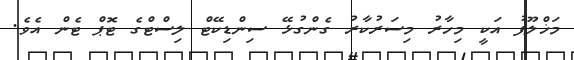
މަޚްލޫފު އަކީ މިހާރު މިސަރުކާރު ގެންގުޅޭ ސިންޑިކޭޓް ލިސްޓްގެ ޓޮޕް ޓެން އެވެ.